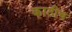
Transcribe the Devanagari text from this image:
काठीच